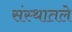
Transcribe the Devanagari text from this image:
संस्थातले